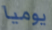
يوميا